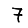
Digit: 7